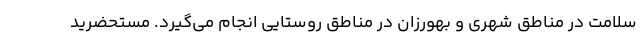
سلامت در مناطق شهری و بهورزان در مناطق روستایی انجام می‌گیرد. مستحضرید